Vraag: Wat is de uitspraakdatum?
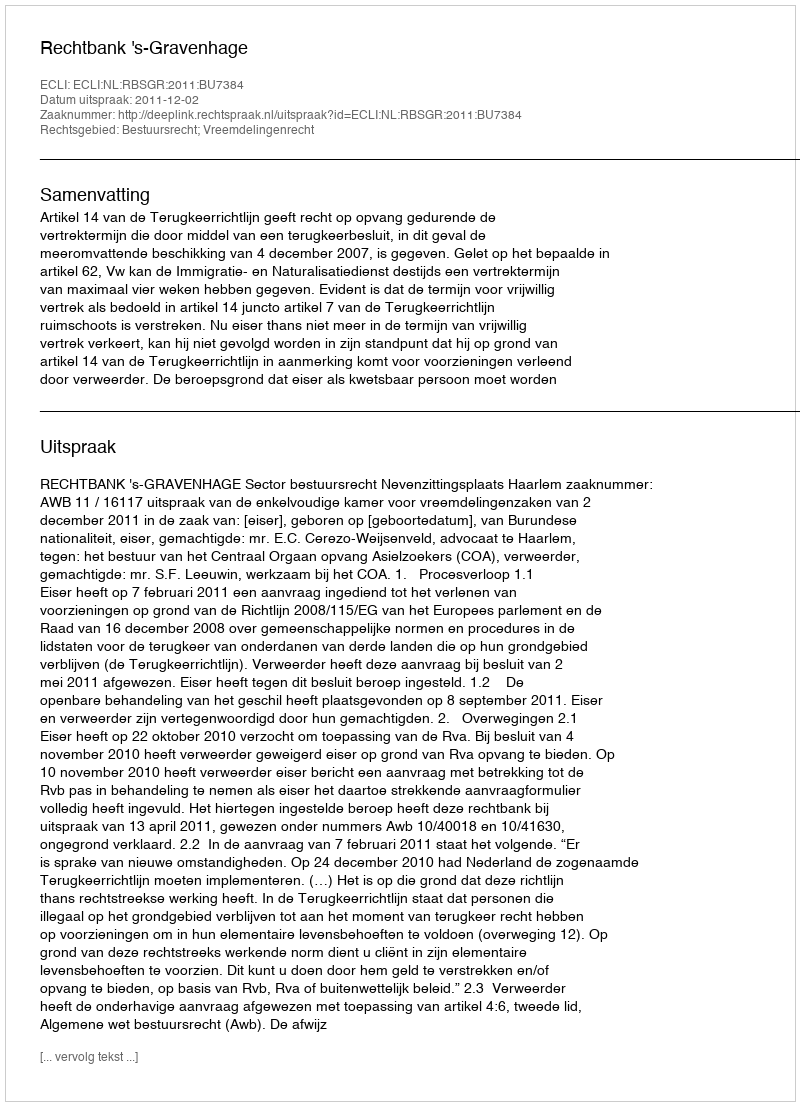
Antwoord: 2011-12-02